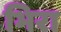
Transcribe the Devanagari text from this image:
भिरा